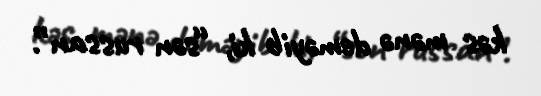
kəs mənə deməyib ki, “sən russan”.